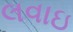
લવાઇ